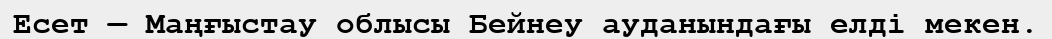
Есет — Маңғыстау облысы Бейнеу ауданындағы елді мекен.